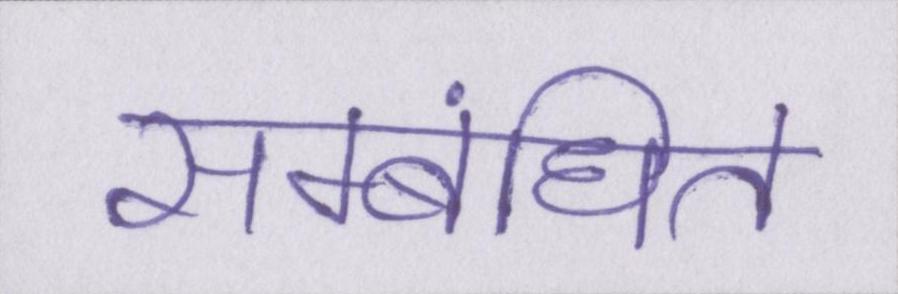
सम्बंधित